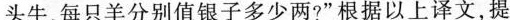
头牛、每只羊分别值银子多少两?”根据以上译文，提